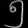
Digit: ၅